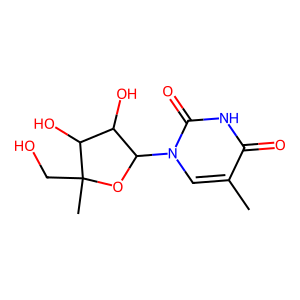
SMILES: Cc1cn(C2OC(C)(CO)C(O)C2O)c(=O)[nH]c1=O
Inhibits HIV replication: No